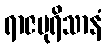
ရာဇပုရိသာနံ